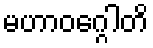
မဟာဝဂ္ဂေါတိ